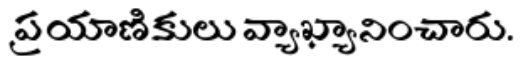
ప్రయాణికులు వ్యాఖ్యానించారు.